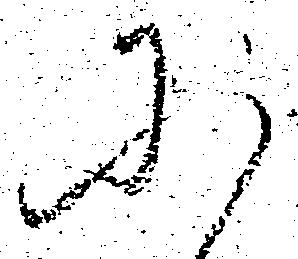
に